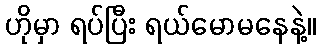
ဟိုမှာ ရပ်ပြီး ရယ်မောမနေနဲ့။